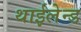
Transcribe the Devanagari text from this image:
थाईलेन्ड